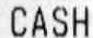
CASH